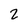
Character: 2